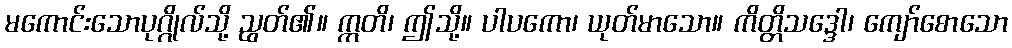
မကောင်းသောပုဂ္ဂိုလ်သို့ ညွတ်၏။ ဣတိ၊ ဤသို့။ ပါပကော၊ ယုတ်မာသော။ ကိတ္တိသဒ္ဒေါ၊ ကျော်စောသော